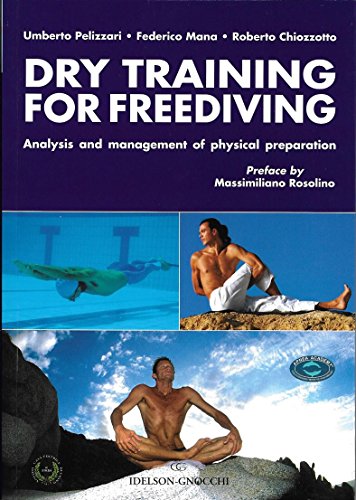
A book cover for Dry Training for Freediving; Umberto Pelizzari; Sports & Outdoors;